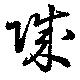
城